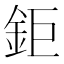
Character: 鉅